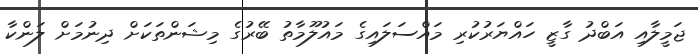
ޖަމީލާއި އަބްދު ގާޒީ ހައްޔަރުކުރި މައްސަލައިގެ މައުލޫމާތު ބޭރުގެ މިޝަންތަކަށް ދިނުމަށް ލަންކާ